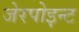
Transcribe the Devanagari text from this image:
जेरपोइन्ट